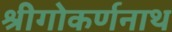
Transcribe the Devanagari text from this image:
श्रीगोकर्णनाथ